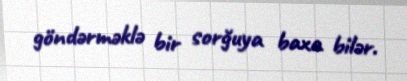
göndərməklə bir sorğuya baxa bilər.